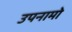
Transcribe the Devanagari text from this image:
उपनामो